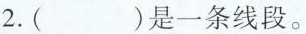
2.()是一条线段。